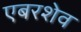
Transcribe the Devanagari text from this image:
एबरशेव